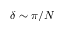
\delta \sim \pi / N